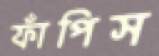
ফাঁপিস